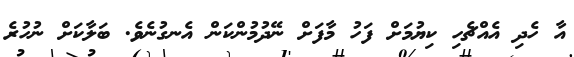
އާ ހެދި އެއްޗެހި ކިޔުމަށް ފަހު މާފަށް ނޭދުމުންކަން އެނގުނެވެ. ބަލާކަށް ނުހުރެ